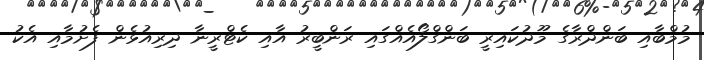
މުމްބާއި ބަންދްރާގެ މޫދުކައިރީ ބަންގްލޯއެއްގައި ރަންބީރު އާއި ކެޓްރީނާ ދިރިއުޅެން ފެށުމާއި އެކު